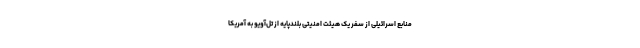
منابع اسرائیلی از سفر یک هیئت امنیتی بلندپایه از تل‌آویو به آمریکا